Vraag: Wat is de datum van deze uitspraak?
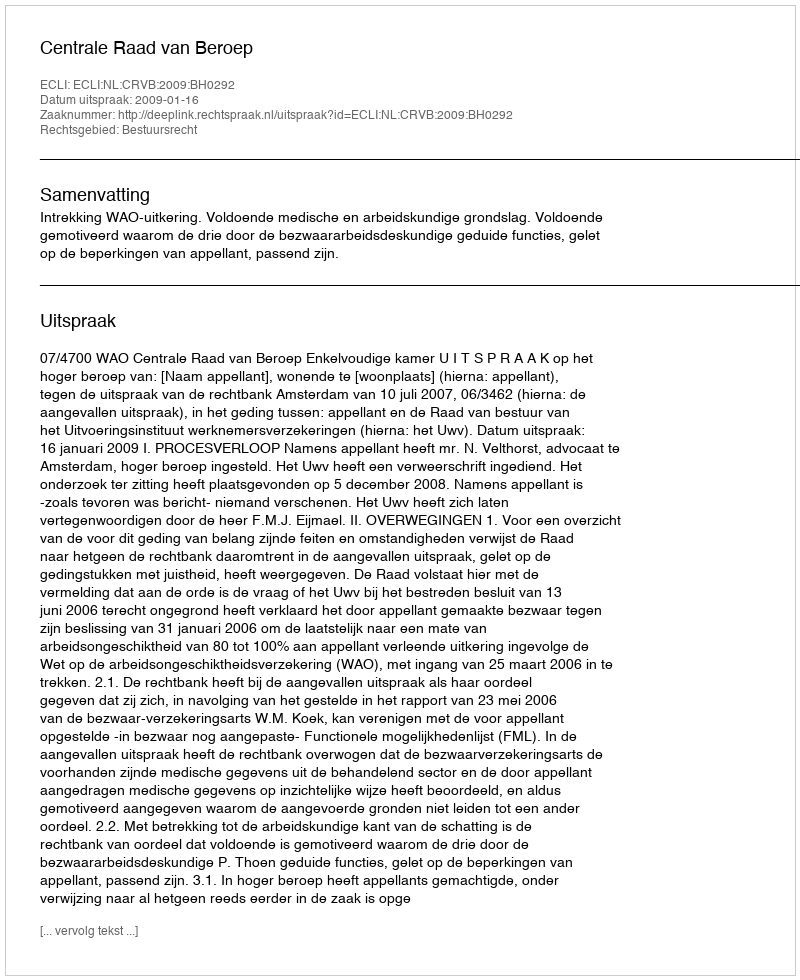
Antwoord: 2009-01-16